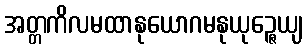
အတ္တကိလမထာနုယောဂမနုယုဉ္ဇေယျ